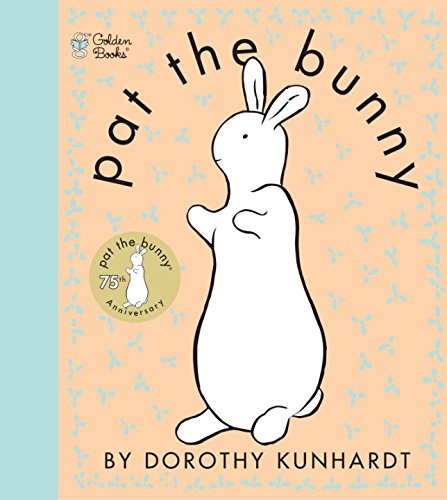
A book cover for Pat the Bunny (Touch and Feel Book); Dorothy Kunhardt; Christian Books & Bibles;